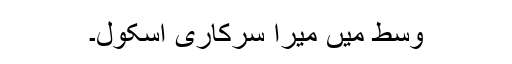
وسط میں میرا سرکاری اسکول۔